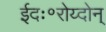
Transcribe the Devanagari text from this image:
ईदः॰रोय्दोन्